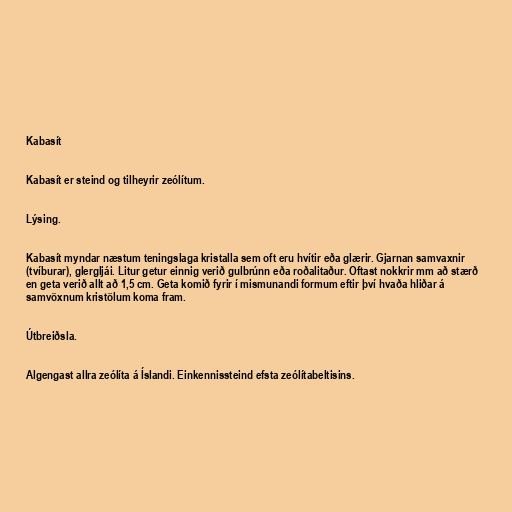
Kabasít

Kabasít er steind og tilheyrir zeólítum.

Lýsing.

Kabasít myndar næstum teningslaga kristalla sem oft eru hvítir eða glærir. Gjarnan samvaxnir
(tvíburar), glergljái. Litur getur einnig verið gulbrúnn eða roðalitaður. Oftast nokkrir mm að stærð
en geta verið allt að 1,5 cm. Geta komið fyrir í mismunandi formum eftir því hvaða hliðar á
samvöxnum kristölum koma fram.

Útbreiðsla.

Algengast allra zeólíta á Íslandi. Einkennissteind efsta zeólítabeltisins.